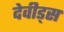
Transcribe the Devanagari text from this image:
देवीड्स